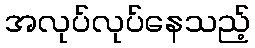
အလုပ်လုပ်နေသည့်